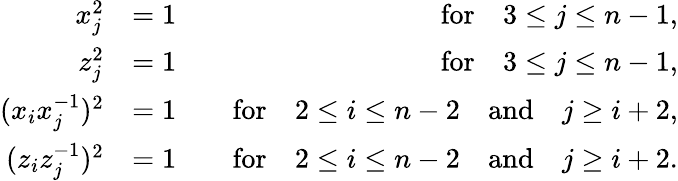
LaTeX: \begin{array}{rlr}{x_{j}^{2}}&{=1}&{\quad\textrm{for}\quad 3\leq j\leq n-1,}\\ {z_{j}^{2}}&{=1}&{\quad\textrm{for}\quad 3\leq j\leq n-1,}\\ {(x_{i}x_{j}^{-1})^{2}}&{=1}&{\quad\textrm{for}\quad 2\leq i\leq n-2\quad\mathrm{and}\quad j\geq i+2,}\\ {(z_{i}z_{j}^{-1})^{2}}&{=1}&{\quad\textrm{for}\quad 2\leq i\leq n-2\quad\mathrm{and}\quad j\geq i+2.}\end{array}